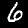
Digit: 6